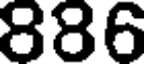
886